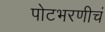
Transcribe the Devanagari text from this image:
पोटभरणीचं